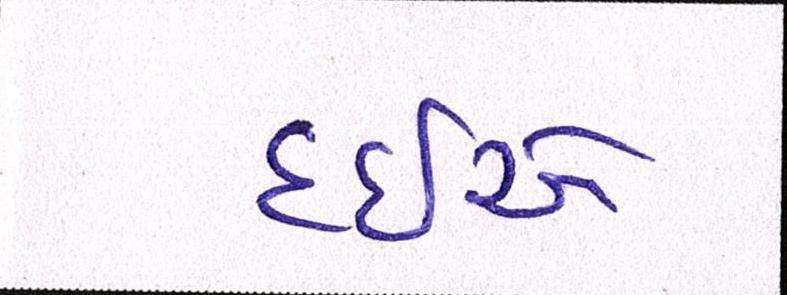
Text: દઇએ